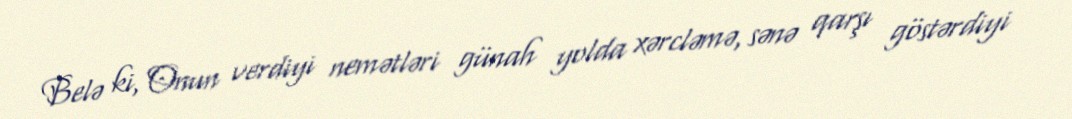
Belə ki, Onun verdiyi nemətləri günah yolda xərcləmə, sənə qarşı göstərdiyi